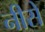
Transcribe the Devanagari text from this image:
नीसे